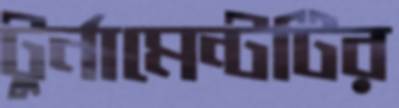
টুর্নামেন্টটির